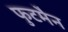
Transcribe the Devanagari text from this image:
फुटमैन